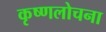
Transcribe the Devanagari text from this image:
कृष्णलोचना